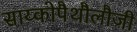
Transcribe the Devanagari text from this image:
साय्कोपैथौलौजी